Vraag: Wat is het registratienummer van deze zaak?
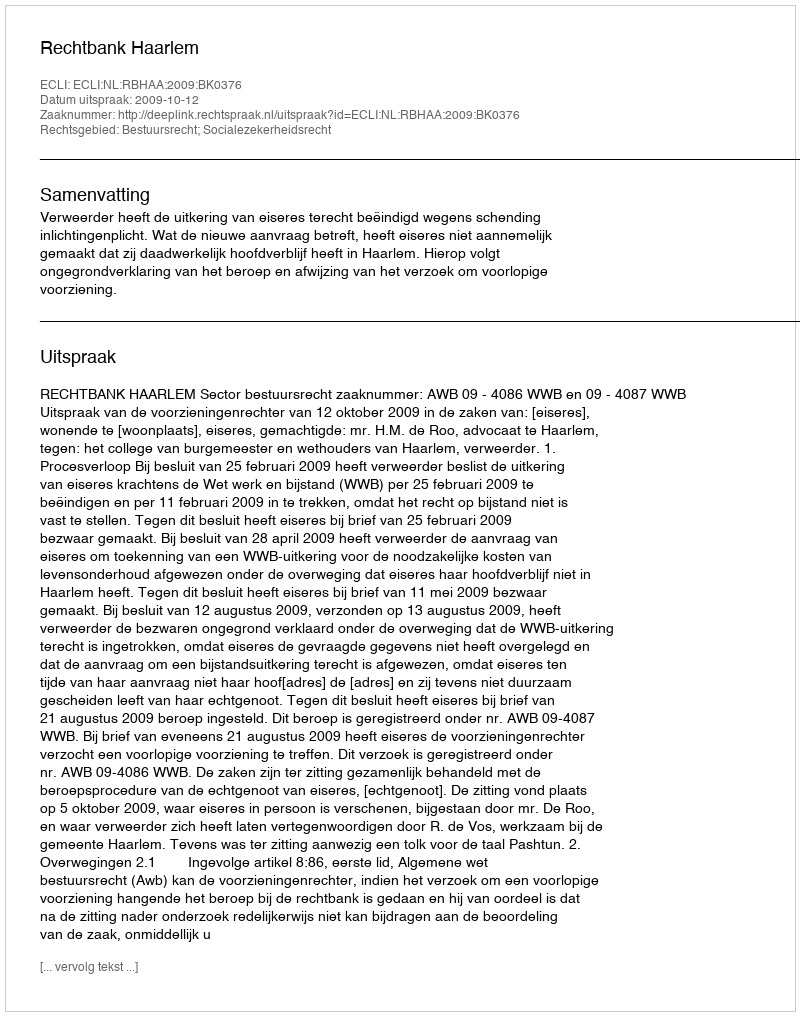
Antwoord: http://deeplink.rechtspraak.nl/uitspraak?id=ECLI:NL:RBHAA:2009:BK0376